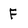
Character: F